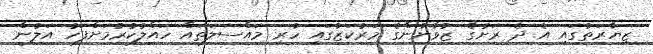
ޒިޔާރަތުގައި އެ ދެ ރަށުގެ ޒުވާނުންގެ މަރުކަޒުގައި ހުރި މައްސަލަތައް ހައްލުކުރުމަށްފަހު އަލުން